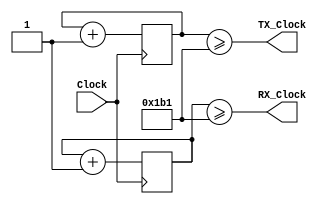
module BAUD_GEN(input wire Clock,
		     output wire RX_Clock,
		     output wire TX_Clock);

//if Clock 50 MHz

//parameter RX_ACC_MAX = 50000000 / (115200 * 16);

parameter RX_ACC_MAX = 868;//100000000 / 115200;
parameter TX_ACC_MAX = 868;//100000000 / 115200;
parameter RX_ACC_WIDTH = 6;//$clog2(RX_ACC_MAX);
parameter TX_ACC_WIDTH = 6;//$clog2(TX_ACC_MAX);

reg [RX_ACC_WIDTH - 1:0] rx_acc = 0;
reg [TX_ACC_WIDTH - 1:0] tx_acc = 0;

//reg [7:0] rx_acc = 0;
//reg [7:0] tx_acc = 0;


assign RX_Clock = (rx_acc >= (RX_ACC_MAX-1)/2); // divide by 2
assign TX_Clock = (tx_acc >= (TX_ACC_MAX-1)/2); // divide by 2

always @(posedge Clock) begin
	if(rx_acc == RX_ACC_MAX)
		rx_acc = 0;
	else
		rx_acc <= rx_acc + 6'b1;
end

always @(posedge Clock) begin
	if(tx_acc == TX_ACC_MAX)
		tx_acc = 0;
	else
		tx_acc <= tx_acc + 6'b1;
end

endmodule